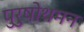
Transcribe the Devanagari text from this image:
पुरुषोथमन